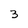
Character: 3